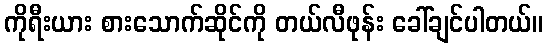
ကိုရီးယား စားသောက်ဆိုင်ကို တယ်လီဖုန်း ခေါ်ချင်ပါတယ်။